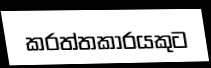
කරත්තකාරයකුට